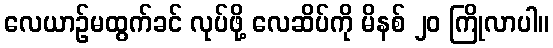
လေယာဉ်မထွက်ခင် လုပ်ဖို့ လေဆိပ်ကို မိနစ် ၂၀ ကြိုလာပါ။